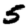
Digit: 5